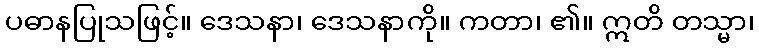
ပဓာနပြုသဖြင့်။ ဒေသနာ၊ ဒေသနာကို။ ကတာ၊ ၏။ ဣတိ တသ္မာ၊